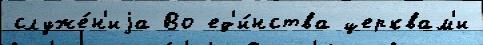
служе́н'иjа Во ед'и́нства церквам'и